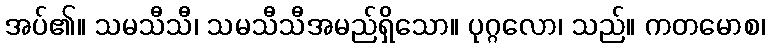
အပ်၏။ သမသီသီ၊ သမသီသီအမည်ရှိသော။ ပုဂ္ဂလော၊ သည်။ ကတမောစ၊